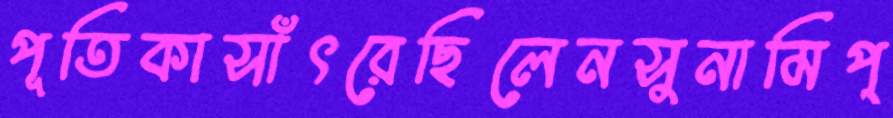
পূতিকাসাঁৎরেছিলেনসুনামিপ্